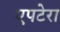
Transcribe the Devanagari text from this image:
एपटेरा